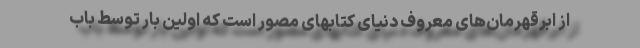
از ابرقهرمان‌های معروف دنیای کتابهای مصور است که اولین بار توسط باب